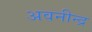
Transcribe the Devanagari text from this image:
अवनीन्द्र